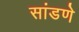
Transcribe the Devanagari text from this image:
सांडणे